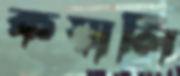
কয়ালি